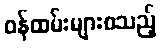
ဝန်ထမ်းများစသည့်